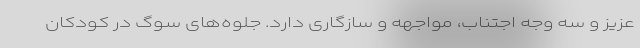
عزیز و سه وجه اجتناب، مواجهه و سازگاری دارد. جلوه‌های سوگ در کودکان